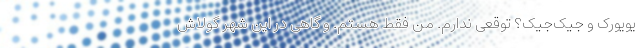
یویورک و جیک‌جیک؟ توقعی ندارم. من فقط هستم. و گاهی در این شهر گولاش